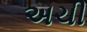
અચી